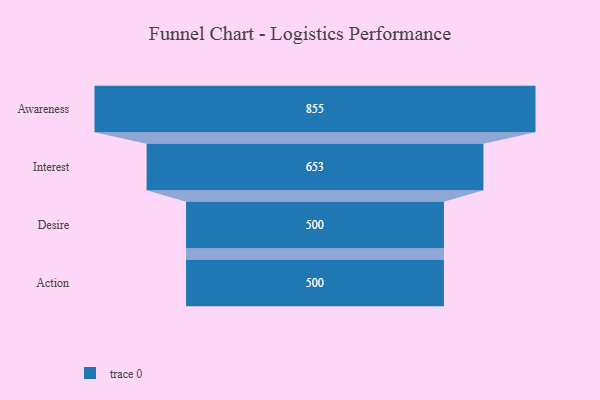
{"axis": {"x": "Stage", "y": "Value"}, "legend": [""], "data": [{"x": "Awareness", "y": 855.0, "type": ""}, {"x": "Interest", "y": 653.0, "type": ""}, {"x": "Desire", "y": 500, "type": ""}, {"x": "Action", "y": 500, "type": ""}]}